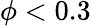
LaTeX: \phi<0.3